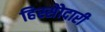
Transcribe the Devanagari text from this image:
हिस्सेोदारी